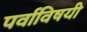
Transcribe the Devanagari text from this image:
पर्वाविषयी